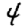
Digit: 4